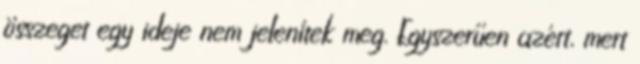
összeget egy ideje nem jelenítek meg. Egyszerűen azért, mert